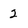
Character: 2